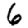
Digit: 6